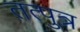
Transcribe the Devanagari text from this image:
तत्पुत्र